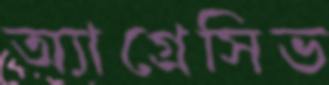
অ্যাগ্রেসিভ